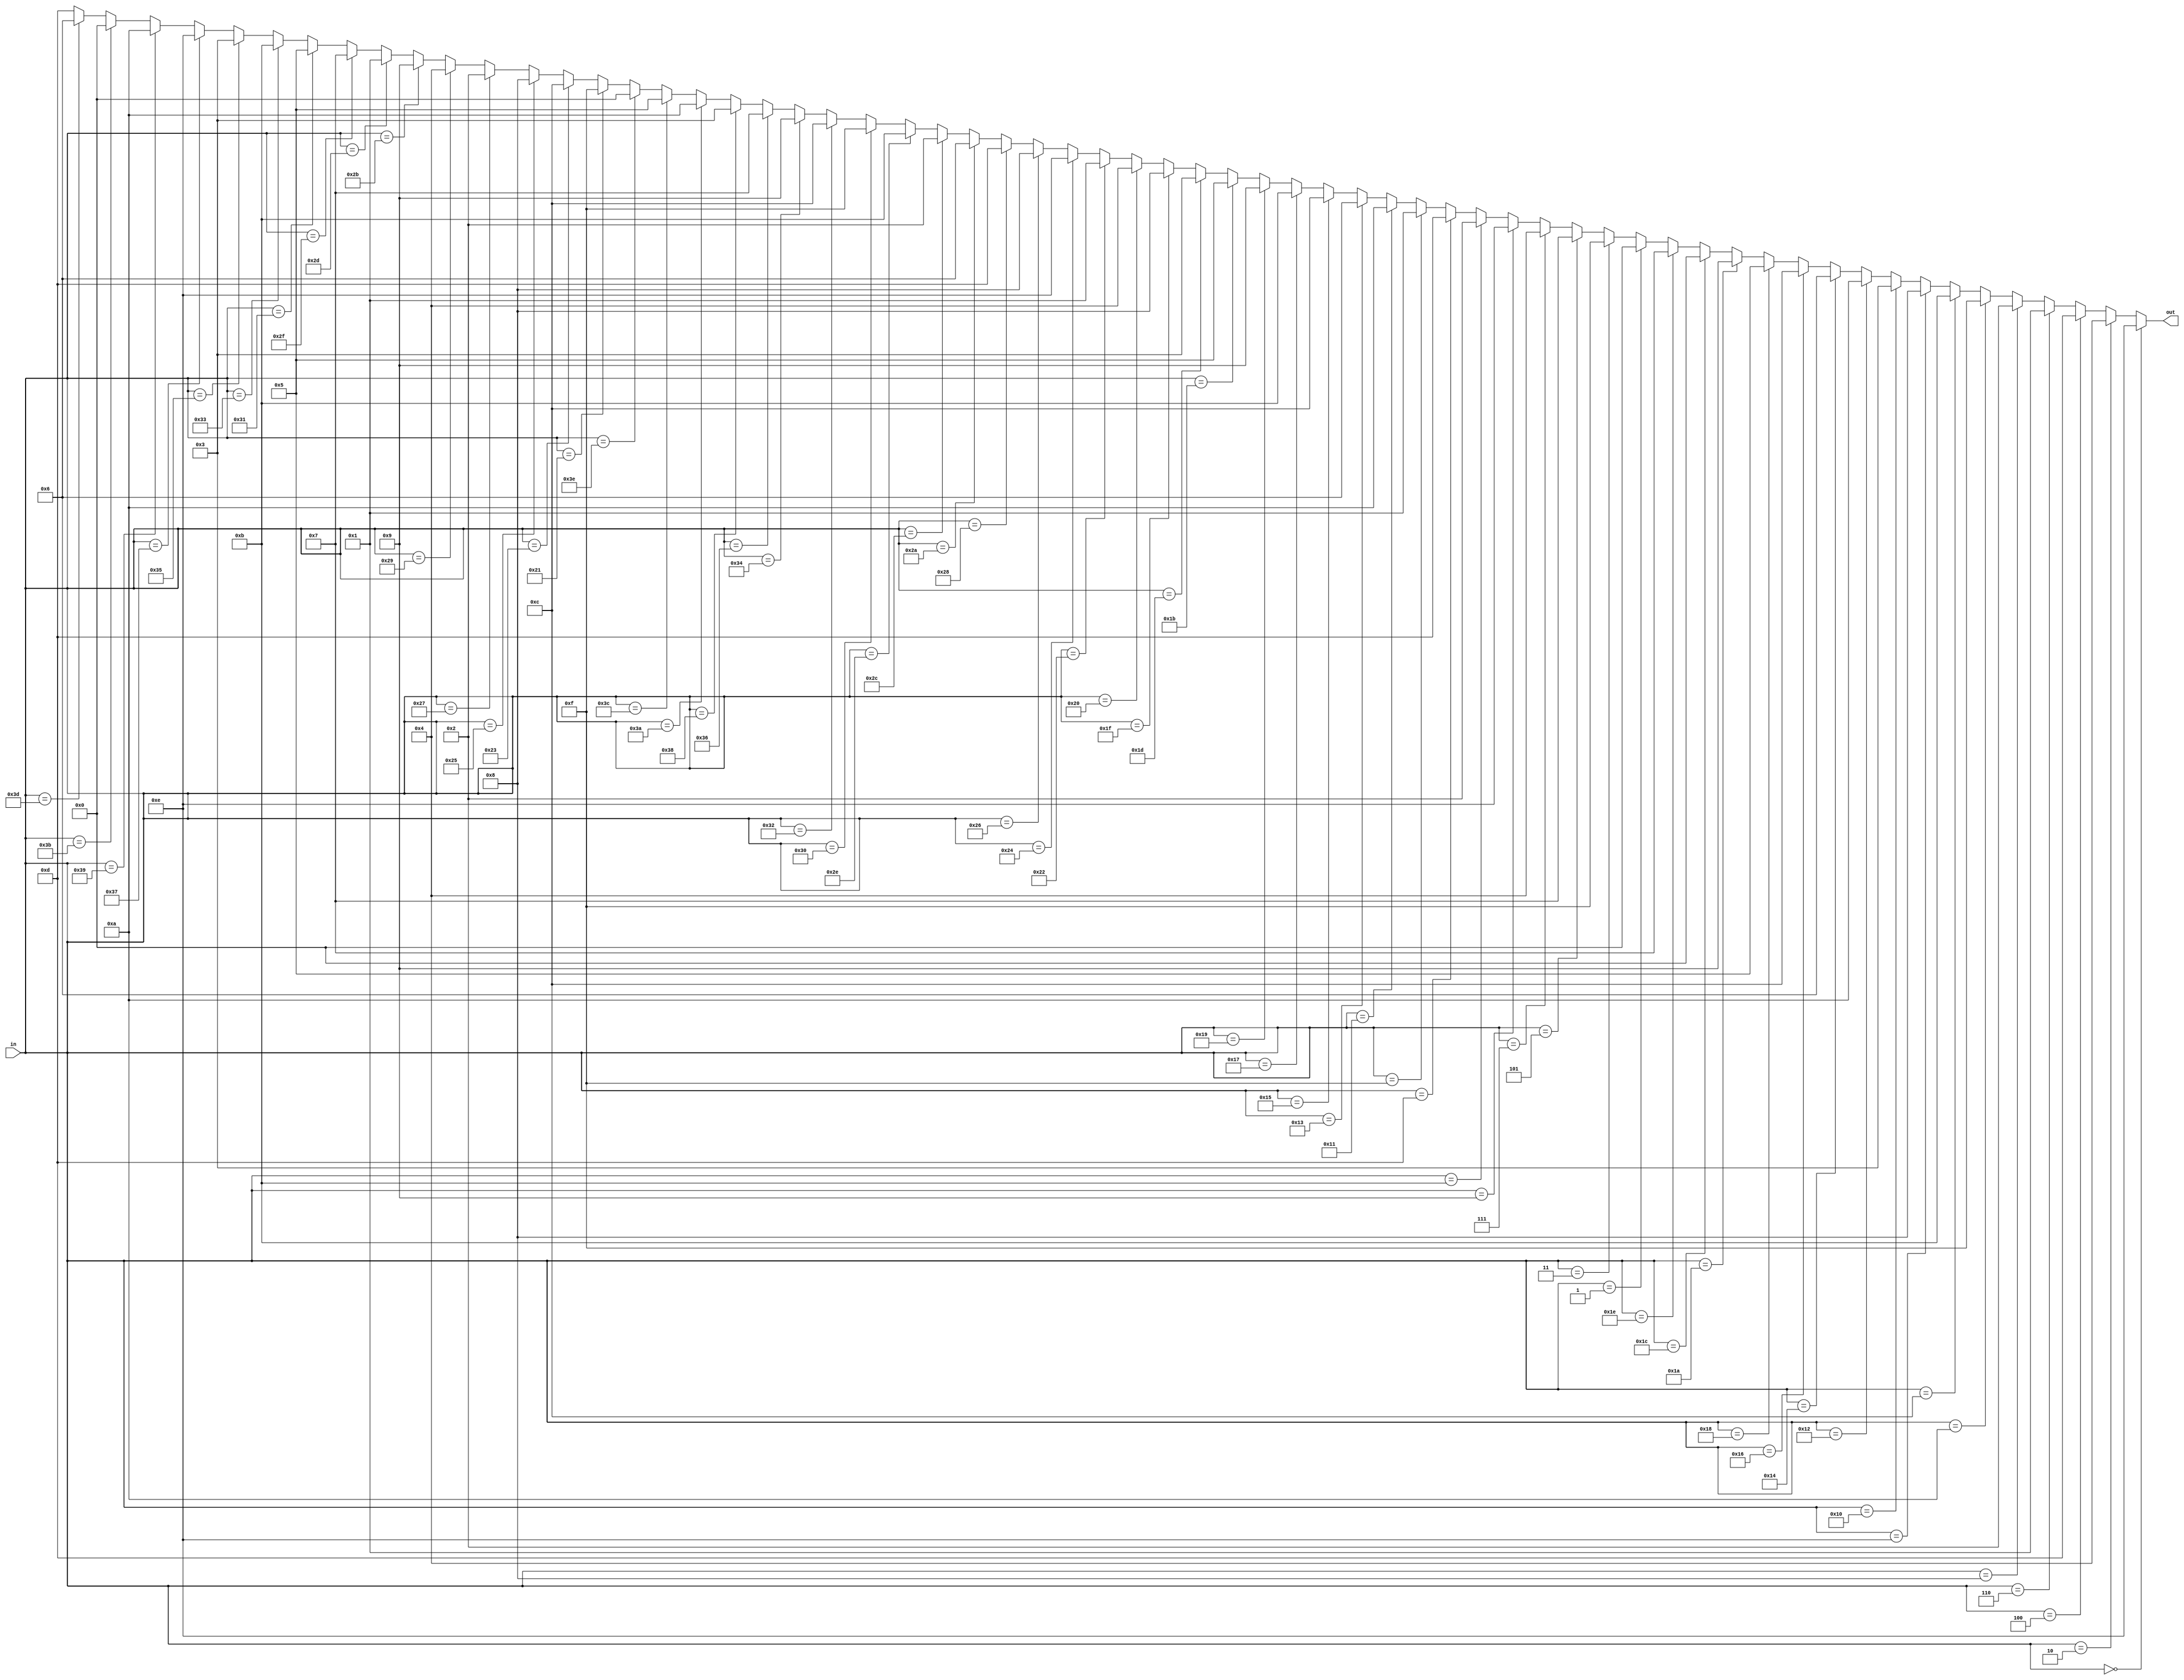
/*

Module: S_Box_1
Input: 6-bit
Output: 4-bit output in accordance with the S-Box Lookup Table
Modules Used: N/A

*/

`timescale 1 ns/ 1 ps

module S_Box_1(in, out);
  input [5:0] in;
  output [3:0] out;
  
  assign out =  (in == 6'b000000) ? 4'd14 :
                (in == 6'b000010) ? 4'd4  :
                (in == 6'b000100) ? 4'd13 :
                (in == 6'b000110) ? 4'd1  :
                (in == 6'b001000) ? 4'd2  :
                (in == 6'b001010) ? 4'd15 :
                (in == 6'b001100) ? 4'd11 :
                (in == 6'b001110) ? 4'd8  :
                (in == 6'b010000) ? 4'd3  :
                (in == 6'b010010) ? 4'd10 :
                (in == 6'b010100) ? 4'd6  :
                (in == 6'b010110) ? 4'd12 :
                (in == 6'b011000) ? 4'd5  :
                (in == 6'b011010) ? 4'd9  :
                (in == 6'b011100) ? 4'd0  :
                (in == 6'b011110) ? 4'd7  :
                
                (in == 6'b000001) ? 4'd0  :
                (in == 6'b000011) ? 4'd15 :
                (in == 6'b000101) ? 4'd7  :
                (in == 6'b000111) ? 4'd4  :
                (in == 6'b001001) ? 4'd14 :
                (in == 6'b001011) ? 4'd2  :
                (in == 6'b001101) ? 4'd13 :
                (in == 6'b001111) ? 4'd1  :
                (in == 6'b010001) ? 4'd10 :
                (in == 6'b010011) ? 4'd6  :
                (in == 6'b010101) ? 4'd12 :
                (in == 6'b010111) ? 4'd11 :
                (in == 6'b011001) ? 4'd9  :
                (in == 6'b011011) ? 4'd5  :
                (in == 6'b011101) ? 4'd3  :
                (in == 6'b011111) ? 4'd8  :
                
                (in == 6'b100000) ? 4'd4  :
                (in == 6'b100010) ? 4'd1  :
                (in == 6'b100100) ? 4'd14 :
                (in == 6'b100110) ? 4'd8  :
                (in == 6'b101000) ? 4'd13 :
                (in == 6'b101010) ? 4'd6  :
                (in == 6'b101100) ? 4'd2  :
                (in == 6'b101110) ? 4'd11 :
                (in == 6'b110000) ? 4'd15 :
                (in == 6'b110010) ? 4'd12 :
                (in == 6'b110100) ? 4'd9  :
                (in == 6'b110110) ? 4'd7  :
                (in == 6'b111000) ? 4'd3  :
                (in == 6'b111010) ? 4'd10 :
                (in == 6'b111100) ? 4'd5  :
                (in == 6'b111110) ? 4'd0  :
                
                (in == 6'b100001) ? 4'd15 :
                (in == 6'b100011) ? 4'd12 :
                (in == 6'b100101) ? 4'd8  :
                (in == 6'b100111) ? 4'd2  :
                (in == 6'b101001) ? 4'd4  :
                (in == 6'b101011) ? 4'd9  :
                (in == 6'b101101) ? 4'd1  :
                (in == 6'b101111) ? 4'd7  :
                (in == 6'b110001) ? 4'd5  :
                (in == 6'b110011) ? 4'd11 :
                (in == 6'b110101) ? 4'd3  :
                (in == 6'b110111) ? 4'd14 :
                (in == 6'b111001) ? 4'd10 :
                (in == 6'b111011) ? 4'd0  :
                (in == 6'b111101) ? 4'd6  : 4'd13; 
  
endmodule